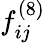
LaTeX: f_{ij}^{(8)}